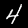
Label: 4